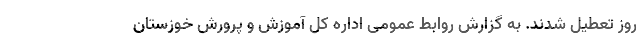
روز تعطیل شدند. به گزارش روابط عمومی اداره کل آموزش و پرورش خوزستان